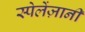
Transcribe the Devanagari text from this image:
स्पेलेंज़ानी